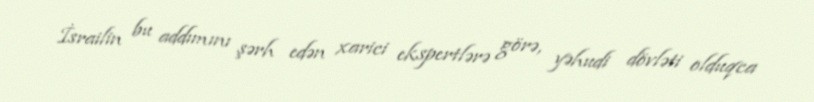
İsrailin bu addımını şərh edən xarici ekspertlərə görə, yəhudi dövləti olduqca